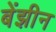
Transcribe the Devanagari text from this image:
बेंझीन